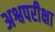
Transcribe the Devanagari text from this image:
अश्वपरीक्षा